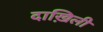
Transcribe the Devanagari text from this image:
दाख़िली